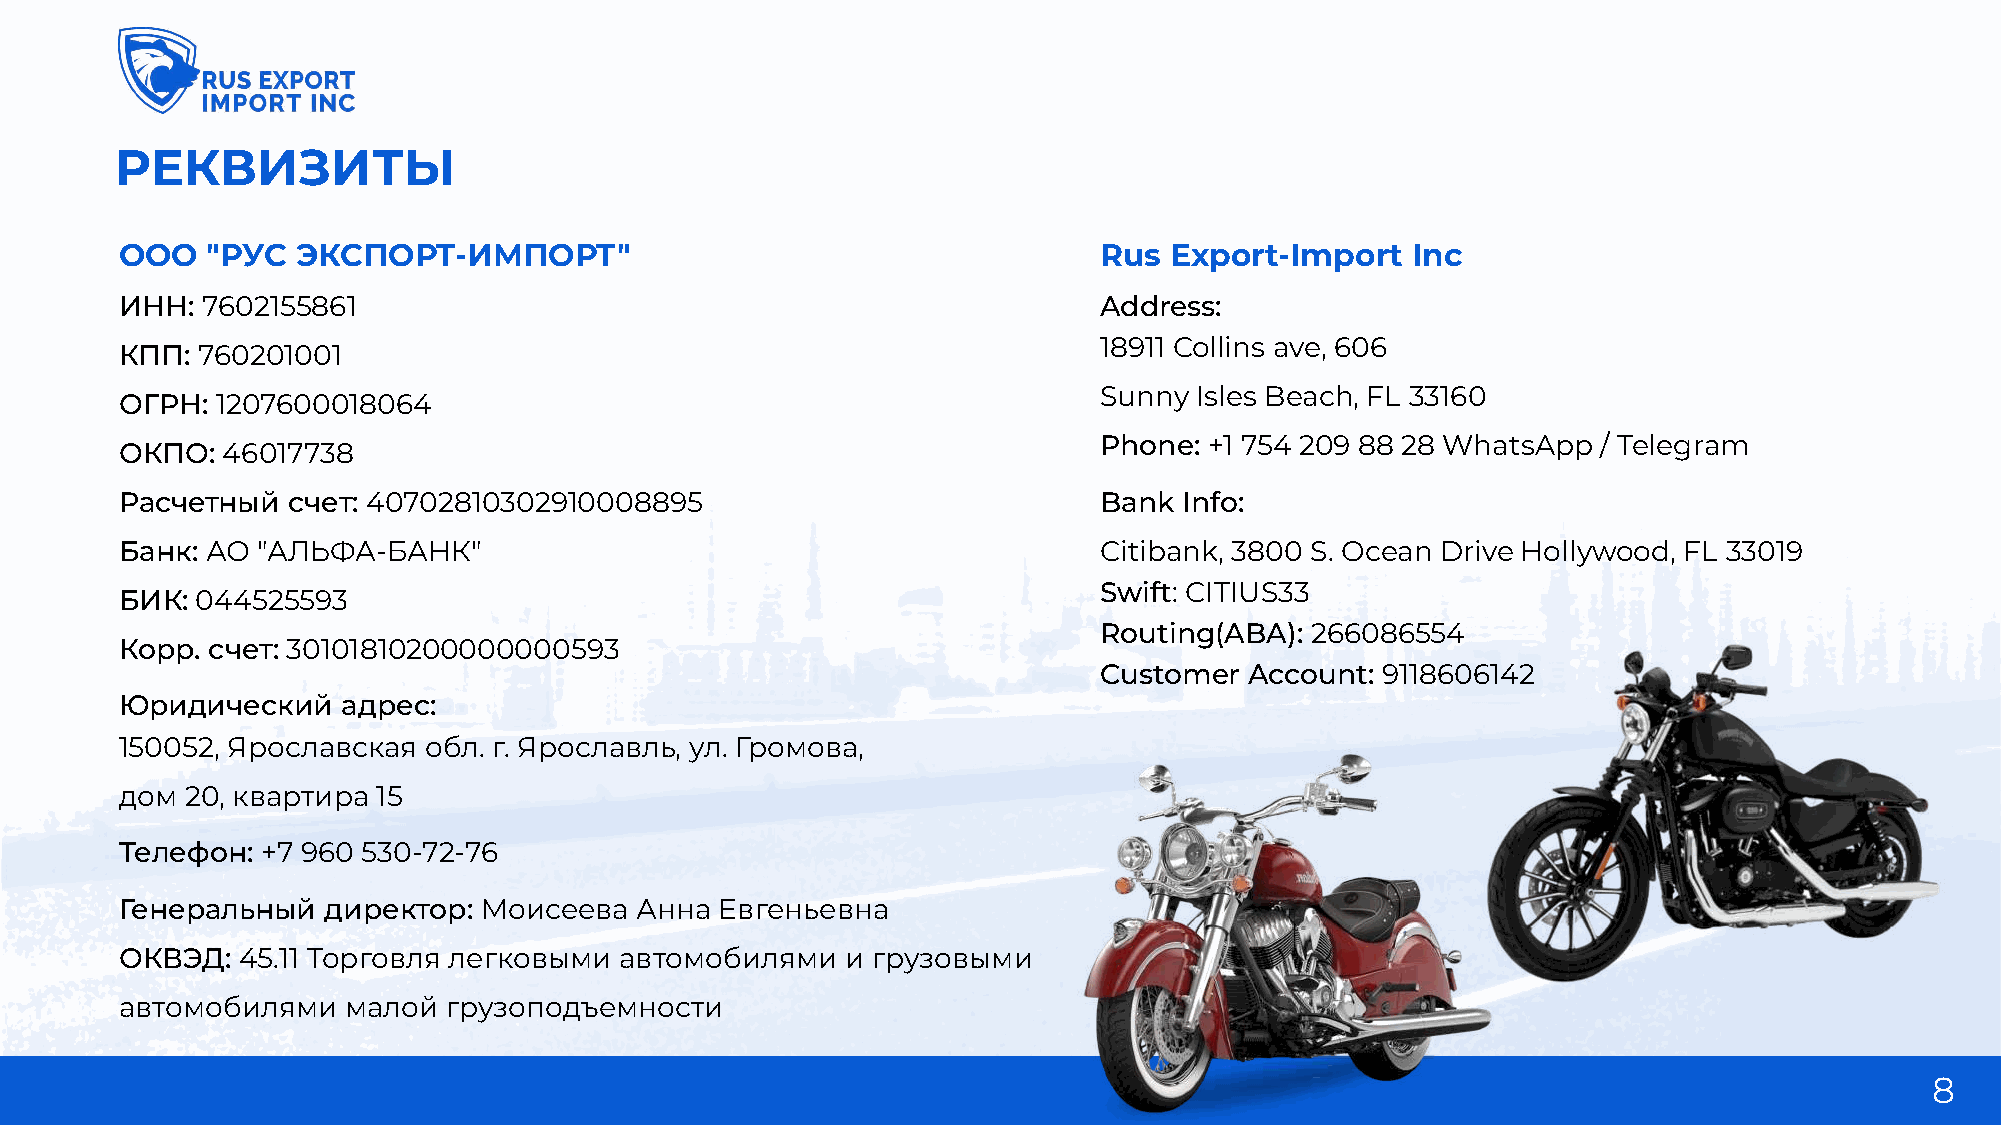
реквизиты
 ооо   "рус  Экспорт-импорт"                                      Rus Export-Import   Inc
 ИНН: 7602155861                                                  Address:
 18911 Collins ave, 606
 КПП: 760201001
 Sunny Isles Beach, FL 33160
 ОГРН: 1207600018064
 Phone: +1 754 209 88 28 WhatsApp / Telegram
 ОКПО:  46017738
 Расчетный  счет: 40702810302910008895                            Bank Info:
 Банк: АО "АЛЬФА-БАНК"                                            Citibank, 3800 S. Ocean Drive Hollywood, FL 33019
 Swift: CITIUS33
 БИК: 044525593
 Routing(ABA): 266086554
 Корр. счет: 30101810200000000593
 Customer  Account: 9118606142
 Юридический    адрес:
 150052, Ярославская обл. г. Ярославль, ул. Громова,
 дом 20, квартира 15
 Телефон: +7 960 530-72-76
 Генеральный  директор:  Моисеева  Анна  Евгеньевна
 ОКВЭД:  45.11 Торговля легковыми автомобилями   и грузовыми
 автомобилями   малой  грузоподъемности
 8